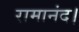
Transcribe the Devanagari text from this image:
रामानंद।